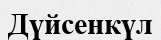
Дүйсенкүл